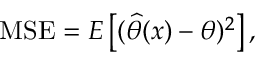
\mathrm { M S E } = E \left[ ( { \widehat { \theta } } ( x ) - \theta ) ^ { 2 } \right] ,